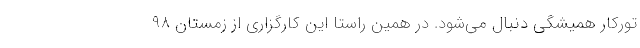
تورکار همیشگی دنبال می‌شود. در همین راستا این کارگزاری از زمستان 98